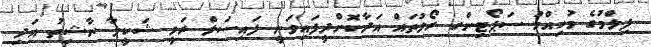
ފިލްމުގެ މުހިއްމު ސަޕޯޓިންގ ރޯލުތައް އަދާކޮށްދީފައިވަނީ ފައިސަލް ރަވީ ޝަކީލާ ނާޝިތު އަދި